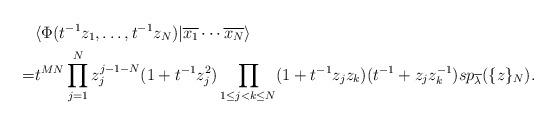
LaTeX: \begin{align*}&\langle \Phi(t^{-1}z_1,\dots,t^{-1}z_N)| \overline{x_1} \cdots \overline{x_N}\rangle \\=&t^{MN}\prod_{j=1}^N z_j^{j-1-N}(1+t^{-1}z_j^2)\prod_{1 \le j<k \le N}(1+t^{-1}z_j z_k)(t^{-1}+z_j z_k^{-1})sp_{\overline{\lambda}} ( \{ z \}_N ).\end{align*}